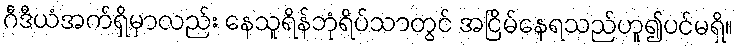
ဂီဒီယံအက်ရှိမှာလည်း နေသူရိန်ဘုံရိပ်သာတွင် အငြိမ်နေရသည်ဟူ၍ပင်မရှိ။